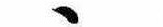
ゝ